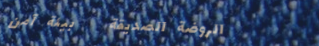
الروضة الصديقة   بيئة آمن